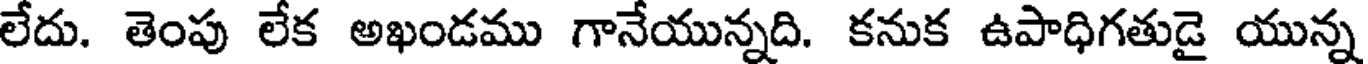
లేదు. తెంపు లేక అఖండము గానేయున్నది. కనుక ఉపాధిగతుడై యున్న